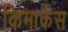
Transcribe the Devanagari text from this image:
किमार्कस